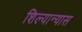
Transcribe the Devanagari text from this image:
शिल्यान्यास